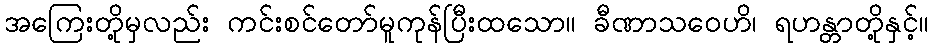
အကြေးတို့မှလည်း ကင်းစင်တော်မူကုန်ပြီးထသော။ ခီဏာသဝေဟိ၊ ရဟန္တာတို့နှင့်။